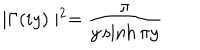
LaTeX: \mid \Gamma ( i y ) \mid ^ { 2 } = \frac \pi { y \sinh \pi y }